Vaccination in Burma 1900-1911 - 1900-1911
Year: 1900
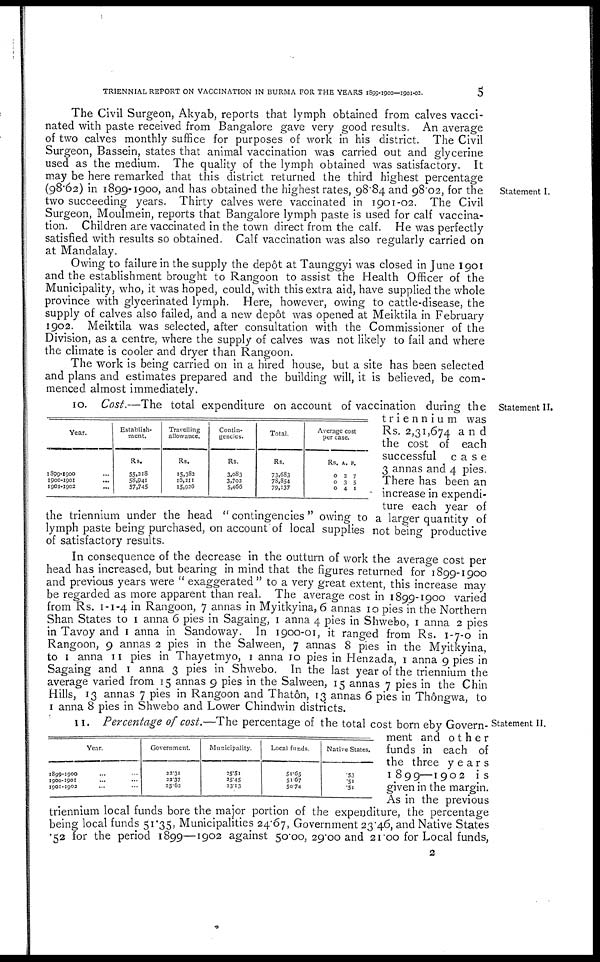
TRIENNIAL REPORT ON VACCINATION IN BURMA FOR THE YEARS 1899-1900—1901-02.
5
Statement I.
The Civil Surgeon, Akyab, reports that lymph obtained from calves vacci-
nated with paste received from Bangalore gave very good results. An average
of two calves monthly suffice for purposes of work in his district. The Civil
Surgeon, Bassein, states that animal vaccination was carried out and glycerine
used as the medium. The quality of the lymph obtained was satisfactory. It
may be here remarked that this district returned the third highest percentage
(98.62) in 1899-1900, and has obtained the highest rates, 98.84 and 98.02, for the
two succeeding years. Thirty calves were vaccinated in 1901-02. The Civil
Surgeon, Moulmein, reports that Bangalore lymph paste is used for calf vaccina-
tion. Children are vaccinated in the town direct from the calf. He was perfectly
satisfied with results so obtained. Calf vaccination was also regularly carried on
at Mandalay.
Owing to failure in the supply the depôt at Taunggyi was closed in June 1901
and the establishment brought to Rangoon to assist the Health Officer of the
Municipality, who, it was hoped, could, with this extra aid, have supplied the whole
province with glycerinated lymph. Here, however, owing to cattle-disease, the
supply of calves also failed, and a new depôt was opened at Meiktila in February
1902. Meiktila was selected, after consultation with the Commissioner of the
Division, as a centre, where the supply of calves was not likely to fail and where
the climate is cooler and dryer than Rangoon.
The work is being carried on in a hired house, but a site has been selected
and plans and estimates prepared and the building will, it is believed, be com-
menced almost immediately.
Statement II.
Year.
1899-1900 ...
1900-1901
...
1901-1902 ...
Establish-
ment.
Rs.
55,218
58,941
57,745
Travelling
allowance.
Rs.
15,382
16,211
15,926
Contin-
gencies.
Rs.
3,083
3,702
5,466
Total.
Rs.
73,683
78,854
79,137
Average cost
per case.
Rs.
0
0
0
A.
2
3
4
P.
7
5
1
10. Cost.—The total expenditure on account of vaccination during the
triennium was
Rs. 2,31,674 and
the cost of each
successful
case
3 annas and 4 pies.
There has been an
increase in expendi-
ture each year of
the triennium under the head " contingencies " owing to a larger quantity of
lymph paste being purchased, on account of local supplies not being productive
of satisfactory results.
In consequence of the decrease in the outturn of work the average cost per
head has increased, but bearing in mind that the figures returned for 1899-1900
and previous years were " exaggerated " to a very great extent, this increase may
be regarded as more apparent than real. The average cost in 1899-1900 varied
from Rs. 1-1-4 in Rangoon, 7 annas in Myitkyina, 6 annas 10 pies in the Northern
Shan States to 1 anna 6 pies in Sagaing, 1 anna 4 pies in Shwebo, 1 anna 2 pies
in Tavoy and 1 anna in Sandoway. In 1900-01, it ranged from Rs. 1-7-0 in
Rangoon, 9 annas 2 pies in the Salween, 7 annas 8 pies in the Myitkyina,
to 1 anna 11 pies in Thayetmyo, 1 anna 10 pies in Henzada, 1 anna 9 pies in
Sagaing and 1 anna 3 pies in Shwebo. In the last year of the triennium the
average varied from 15 annas 9 pies in the Salween, 15 annas 7 pies in the Chin
Hills, 13 annas 7 pies in Rangoon and Thatôn, 13 annas 6 pies in Thôngwa, to
1 anna 8 pies in Shwebo and Lower Chindwin districts.
Statement II.
Year.
1899-1900 ... ...
1900-1901 ... ...
1901-1902 ... ...
Government.
22.31
22.37
25.62
Municipality.
25.51
25.45
23.13
Local funds.
51.65
51.67
50.74
Native States.
.53
.51
.51
11. Percentage of cost.—The percentage of the total cost born eby Govern-
ment and other
funds in each of
the three years
1899—1 902 is
given in the margin.
As in the previous
triennium local funds bore the major portion of the expenditure, the percentage
being local funds 51.35, Municipalities 24.67, Government 23.46, and Native States
.52 for the period 1899—1902 against 50.00, 29.00 and 21.00 for Local funds,
2